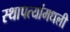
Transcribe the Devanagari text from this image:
स्थापत्यांमधली